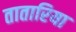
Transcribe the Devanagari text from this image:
तातारिया